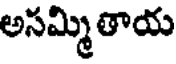
అసమ్మి తాయ